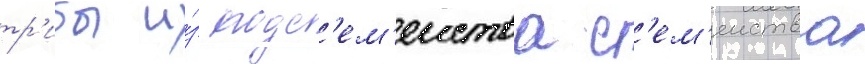
тр'ибы и́з подс'ем'еиства с'ем'еиства